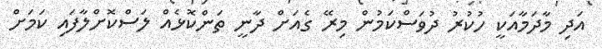
އަދި މާދަމާއަކީ ހުކުރު ދުވަސްކަމުން މިރޭ ގެއަށް ދާނީ ތަންކޮޅެއް ލަސްކޮށްލާފައި ކަމަށް